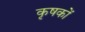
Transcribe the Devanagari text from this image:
कृषकाें